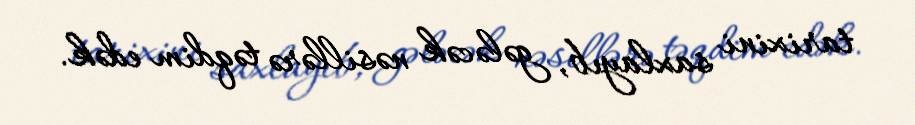
tarixini saxlayıb, gələcək nəsillərə təqdim edək.